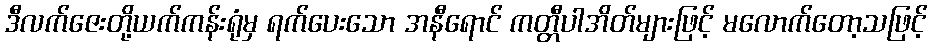
ဒီလက်ဇေးတို့ယက်ကန်းရုံမှ ရက်ပေးသော အနီရောင် ကတ္တီပါအိတ်များဖြင့် မလောက်တော့သဖြင့်